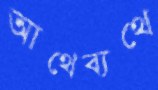
আথেব্যথে